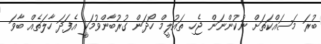
ބުރަ މަސައްކަތަށް ނުކުންނަން ޖެހި ތައުލީމް ހޯދަން ގުރުބާންވުމަކީ އެފަދަ ހާލަތެއް ބާވަ